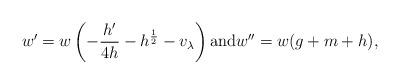
LaTeX: \begin{align*} w'=w\left( -\frac{h'}{4h}-h^{\frac{1}{2}}-v_\lambda\right)\hbox{and}w''= w(g+m+h),\end{align*}